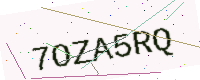
Text: 7OZA5RQ